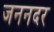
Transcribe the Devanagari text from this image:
जननदर